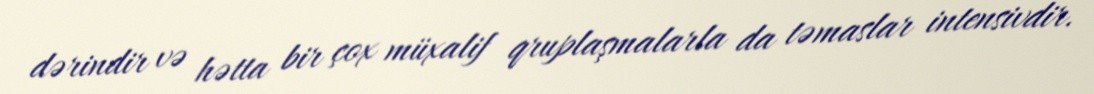
dərindir və hətta bir çox müxalif qruplaşmalarla da təmaslar intensivdir.